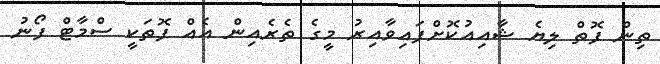
ތިން ފޮތް ލިޔެ ޝާއިއުކޮށްފައިވާއިރު މީގެ ތެރެއިން އެއް ފޮތަކީ ސްމާޓް ފޯނު